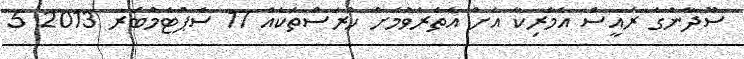
ސޫދާންގެ ރައީސް އެމެރިކާ އަށް އެތެރެވުމަށް ހުރަސްތަކެއް 17 ސެޕްޓެމްބަރ 2013 5